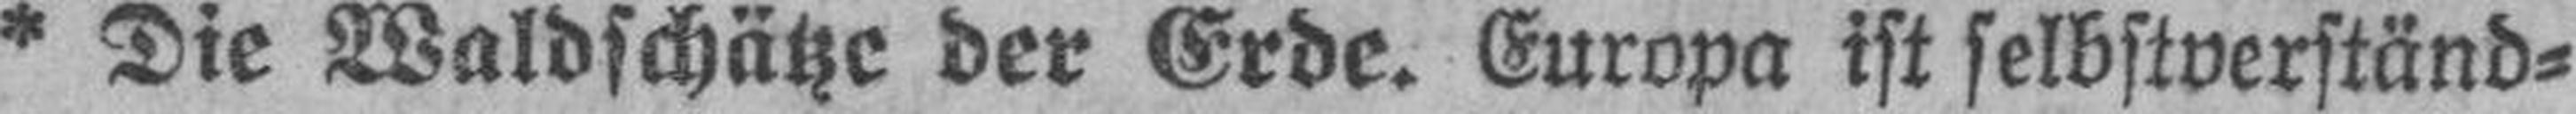
* Die Waldschätze der Erde. Europa ist selbstverständ¬